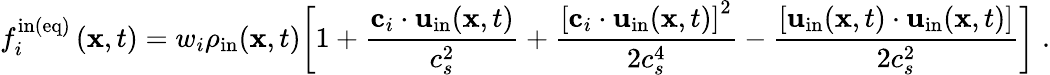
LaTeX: f_{i}^{\mathrm{in(eq)}}\left(\textbf{x},t\right)=w_{i}\rho_{\mathrm{in}}(\textbf{x},t)\bigg[1+\frac{\textbf{c}_{i}\cdot\mathbf{u}_{\mathrm{in}}(\mathbf{x},t)}{c_{s}^{2}}+\frac{\left[\textbf{c}_{i}\cdot\mathbf{u}_{\mathrm{in}}(\mathbf{x},t)\right]^{2}}{2c_{s}^{4}}-\frac{\left[\mathbf{u}_{\mathrm{in}}(\mathbf{x},t)\cdot\mathbf{u}_{\mathrm{in}}(\mathbf{x},t)\right]}{2c_{s}^{2}}\bigg]\; .